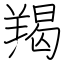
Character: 羯